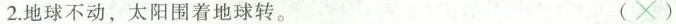
2.地球不动，太阳围着地球转。 (×)